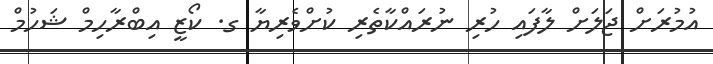
އުމުރަށް ޖަލަށް ލާފައި ހުރި ނުރައްކާތެރި ކުށްވެރިޔާ ގ. ކޯޒީ އިބްރާހިމް ޝަހުމް